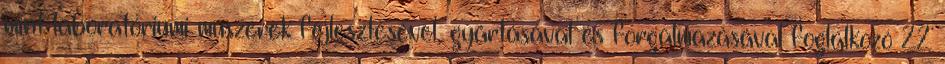
mint laboratóriumi mûszerek fejlesztésével, gyártásával és forgalmazásával foglalkozó 22